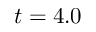
t = 4 . 0